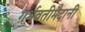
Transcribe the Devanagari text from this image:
गर्भवतीमैदानी